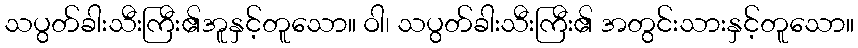
သပွတ်ခါးသီးကြီး၏အူနှင့်တူသော။ ဝါ၊ သပွတ်ခါးသီးကြီး၏ အတွင်းသားနှင့်တူသော။